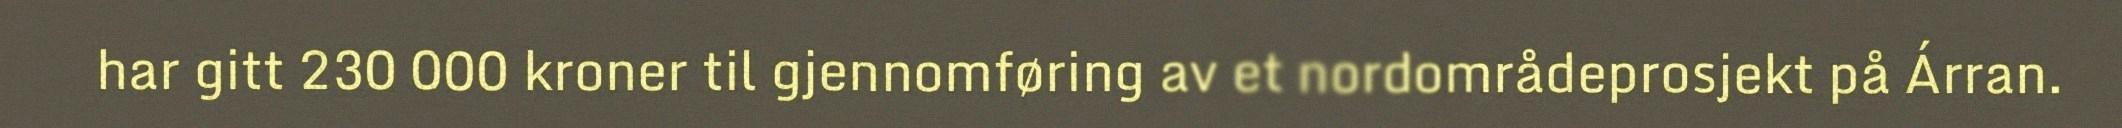
har gitt 230 000 kroner til gjennomføring av et nordområdeprosjekt på Árran.